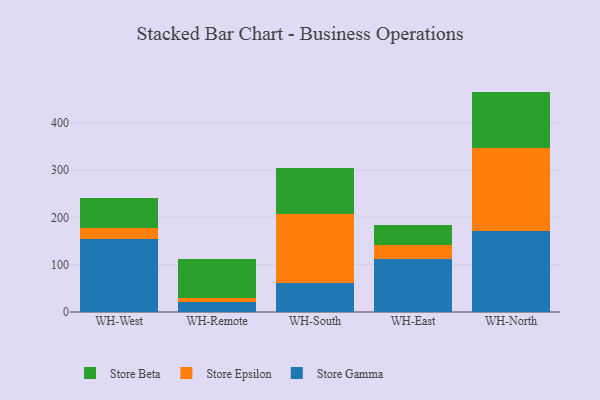
{"axis": {"x": "Warehouse", "y": "LTV (USD)"}, "legend": ["Store Beta", "Store Epsilon", "Store Gamma"], "data": [{"x": "WH-West", "y": 154.6, "type": "Store Gamma"}, {"x": "WH-West", "y": 22.8, "type": "Store Epsilon"}, {"x": "WH-West", "y": 63.0, "type": "Store Beta"}, {"x": "WH-Remote", "y": 20.8, "type": "Store Gamma"}, {"x": "WH-Remote", "y": 9.8, "type": "Store Epsilon"}, {"x": "WH-Remote", "y": 81.2, "type": "Store Beta"}, {"x": "WH-South", "y": 60.8, "type": "Store Gamma"}, {"x": "WH-South", "y": 147.3, "type": "Store Epsilon"}, {"x": "WH-South", "y": 97.0, "type": "Store Beta"}, {"x": "WH-East", "y": 112.7, "type": "Store Gamma"}, {"x": "WH-East", "y": 28.4, "type": "Store Epsilon"}, {"x": "WH-East", "y": 42.6, "type": "Store Beta"}, {"x": "WH-North", "y": 170.9, "type": "Store Gamma"}, {"x": "WH-North", "y": 175.5, "type": "Store Epsilon"}, {"x": "WH-North", "y": 119.4, "type": "Store Beta"}]}